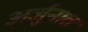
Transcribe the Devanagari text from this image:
अर्जुनात